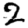
Digit: 2